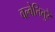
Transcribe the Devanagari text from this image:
वल्वेत्तितुरै